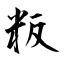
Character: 粄